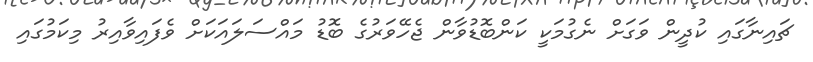
ޗައިނާގައި ކުދީން ވަގަށް ނެގުމަކީ ކަންބޮޑުވާން ޖެހޭވަރުގެ ބޮޑު މައްސަލައަކަށް ވެފައިވާއިރު މިކަމުގައި